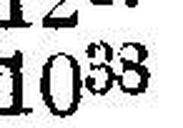
1038